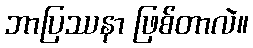
ဘာပြဿနာ ဖြစ်တာလဲ။